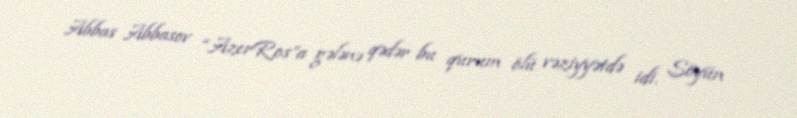
Abbas Abbasov “AzerRos”a gələnə qədər bu qurum ölü vəziyyətdə idi. Söyün